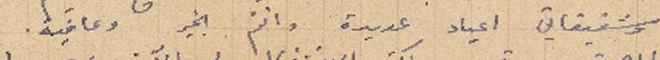
وشقيقاتي اعياد عديدة وانتم بخير وعافية.